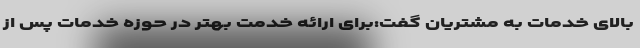
بالای خدمات به مشتریان گفت:برای ارائه خدمت بهتر در حوزه خدمات پس از